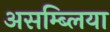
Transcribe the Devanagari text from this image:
असम्ब्लिया